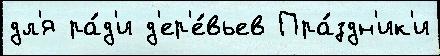
дл'я ра́д'и д'ер'е́вьев Пра́здн'ик'и